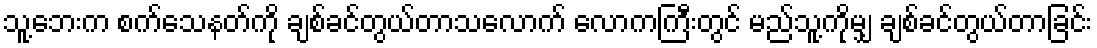
သူ့ဘေးက စက်သေနတ်ကို ချစ်ခင်တွယ်တာသလောက် လောကကြီးတွင် မည်သူ့ကိုမျှ ချစ်ခင်တွယ်တာခြင်း